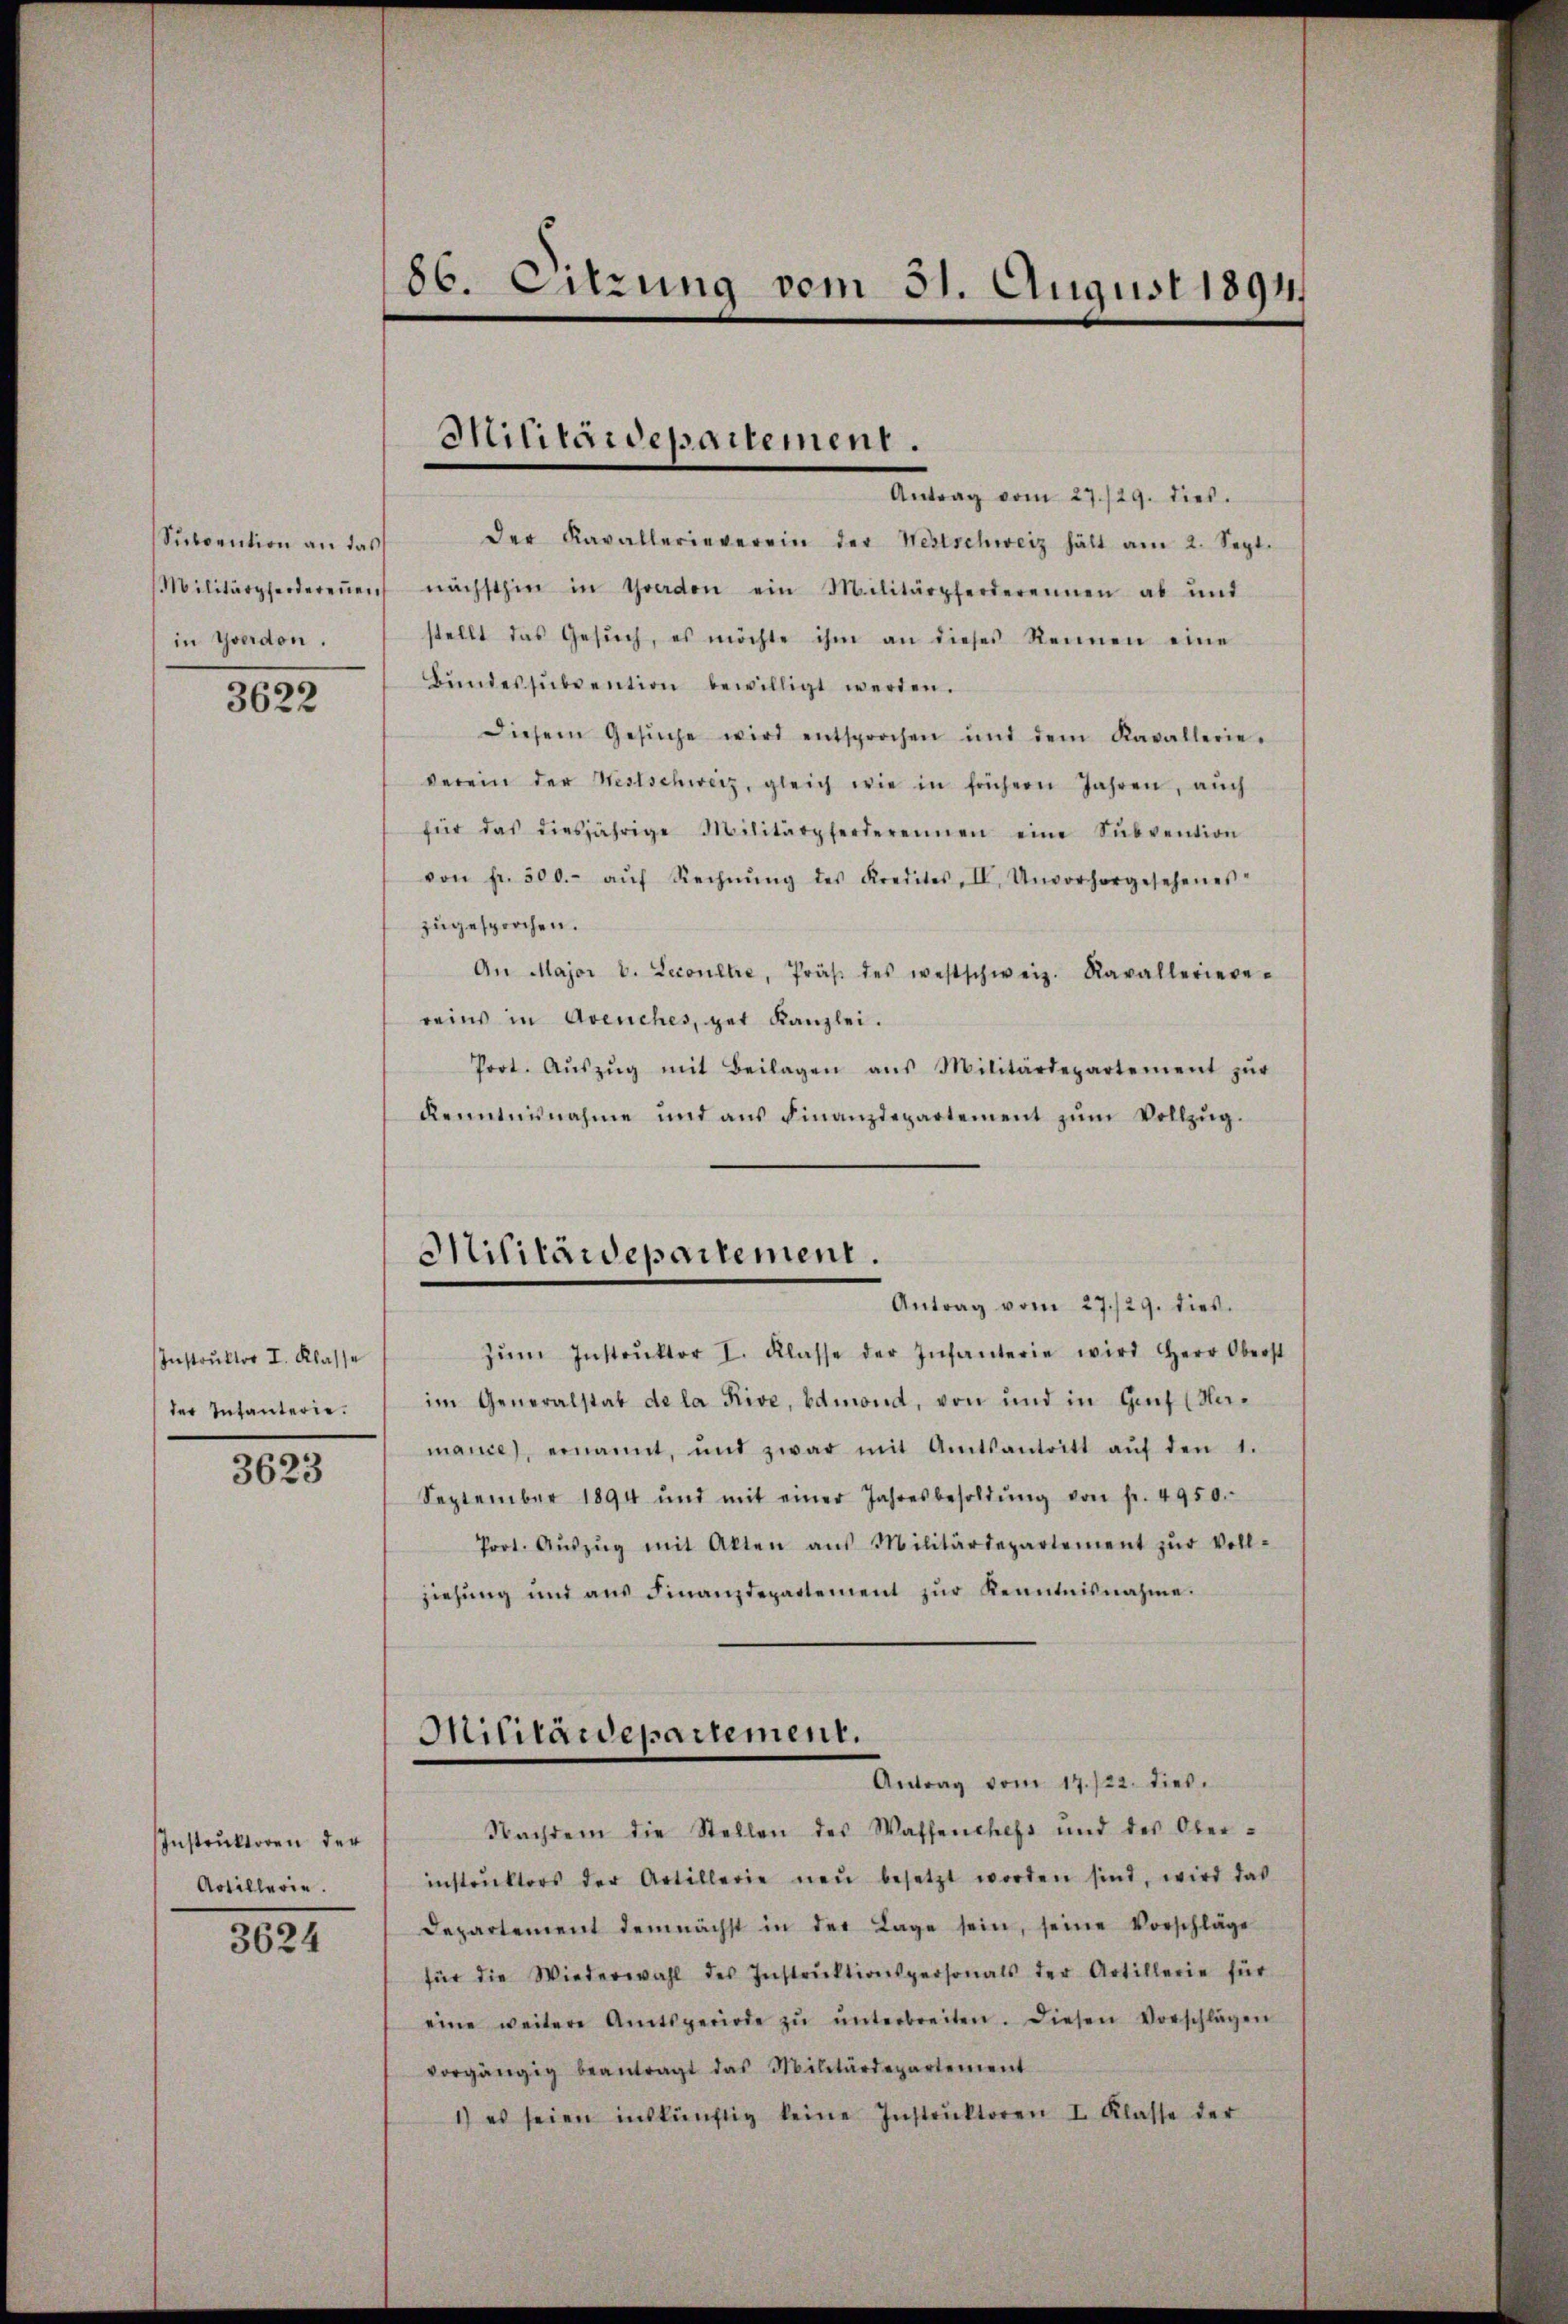
Subvention an das
in Yverdon.

3622

Instruktor I. Klasse
der Intanterie.

3623

Instruktoren der
Artillerie.

3624

86. Eitzung vom 31. August 1894

Militärdepartement.

Antrag vom 27./29. dies.
der Kavallerieverein der Westschweiz hält am 2. Sept.
Militärpferderenen nächsthin in Graden ein Militärpferderennen ab und
stellt das Gesŭch, es möchte ihm an dieses Reinen eine
Bŭndessŭbvention bewilligt werden.
Diesem Gesŭche wird entsprochen und dem Kavallerie-
verein der Westschweiz, gleich wie in frühern Jahren, auch
für das diesjährige Militärpferderennen eine Sŭbvention
von fr. 500.- aŭf Rechnŭng des Kredites, II. Unvorhergesehenes
zugesprochen.
An Major v. Lecoultre, Präβ des westschweiz. Ravalleriere
reins in Avenches, gut Kanzlei.
Port. Aŭszŭg mit Beilagen aus Militärdepartement zŭr
Kenntnisnahme und aŭs Finanzdepartement zŭm Vollzŭg.
Antrag vom 27./29. dies
zŭm Instrŭktor I. Klasse der Infanterie wird Herr Oberst
im Generalstat de la Rive, Edmond, von und in Genf (Namance, ernannt, und zwar mit Amtsantritt aŭf den 1.
September 1894 und mit einer Jahresbesoldŭng von fr. 4950.
Prot. Aŭszŭg mit Akten aus Militärdepartement zŭr Voll-
ziehung und ans Finanzdepartement zŭr Kenntnisnahme.
Militärdepartement.
Antrag vom 17./22. dies
Nachdem die Stellen des Wassenchefs und des Oberinstrŭktors der Artillerie neŭ besetzt worden sind, wird das
Departement demnächst in der Lage sein, seine Vorschläge
für die Wiederwahl des Instrŭktionspersonals der Artillerie für
eine weitere Amtsperiode zŭ ŭnterbreiten. Diesen Vorschlägen
vorgängig beantragt das Militärdepartement
1) es seien inskünftig keine Instrŭktoren I. Klasse der

Militärdepartement.